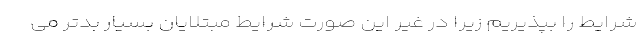
شرایط را بپذیریم زیرا در غیر این صورت شرایط مبتلایان بسیار بدتر می